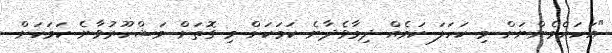
"އަހަރެމެންނަށް މި ކަހަލަ ކަމެއް ދިމާވެދާނެ ކަމަކަށް މި ގޮތަށް މަޝްހޫރުވާނެ ކަމަކަށް